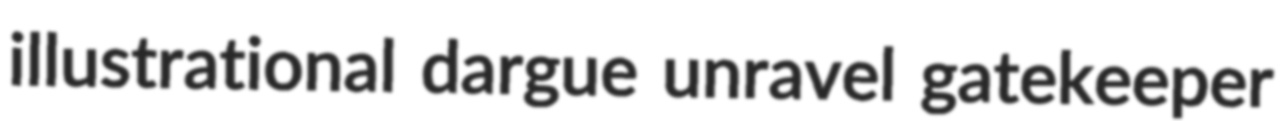
illustrational dargue unravel gatekeeper